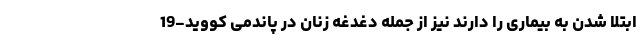
ابتلا شدن به بیماری را دارند نیز از جمله دغدغه زنان در پاندمی کووید-19